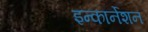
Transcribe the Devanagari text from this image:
इन्कार्नेशन